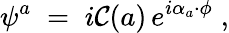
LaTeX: \psi^{a}\; =\; i{\cal C}(a)\, e^{i\alpha_{a}\cdot\phi}\; ,